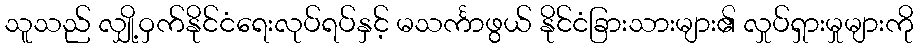
သူသည် လျှို့ဝှက်နိုင်ငံရေးလုပ်ရပ်နှင့် မသင်္ကာဖွယ် နိုင်ငံခြားသားများ၏ လှုပ်ရှားမှုများကို